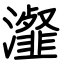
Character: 瀣